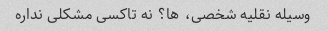
وسیله نقلیه شخصی، ها؟ نه تاکسی مشکلی نداره